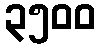
၃၅၀၀